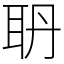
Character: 𦕃